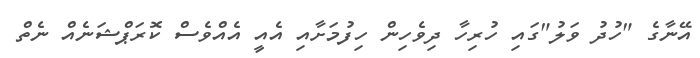
އޭނާގެ "ހުދު ވަލު"ގައި ހުރިހާ ދިވެހިން ހިފުމަށާއި އެއީ އެއްވެސް ކޮރަޕްޝަނެއް ނެތް